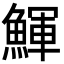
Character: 鯶